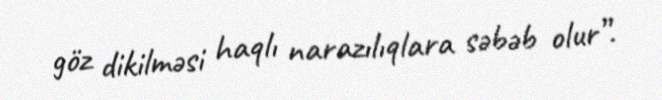
göz dikilməsi haqlı narazılıqlara səbəb olur”.